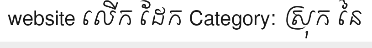
website លើក ដែក Category: ស្រុក នៃ